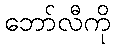
ဘော်လီကို